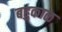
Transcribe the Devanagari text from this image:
बहुकाळ